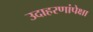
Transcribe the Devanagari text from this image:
उदाहरणांपेक्षा